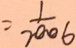
= \frac { 1 } { 2 0 0 6 }